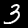
Digit: 3